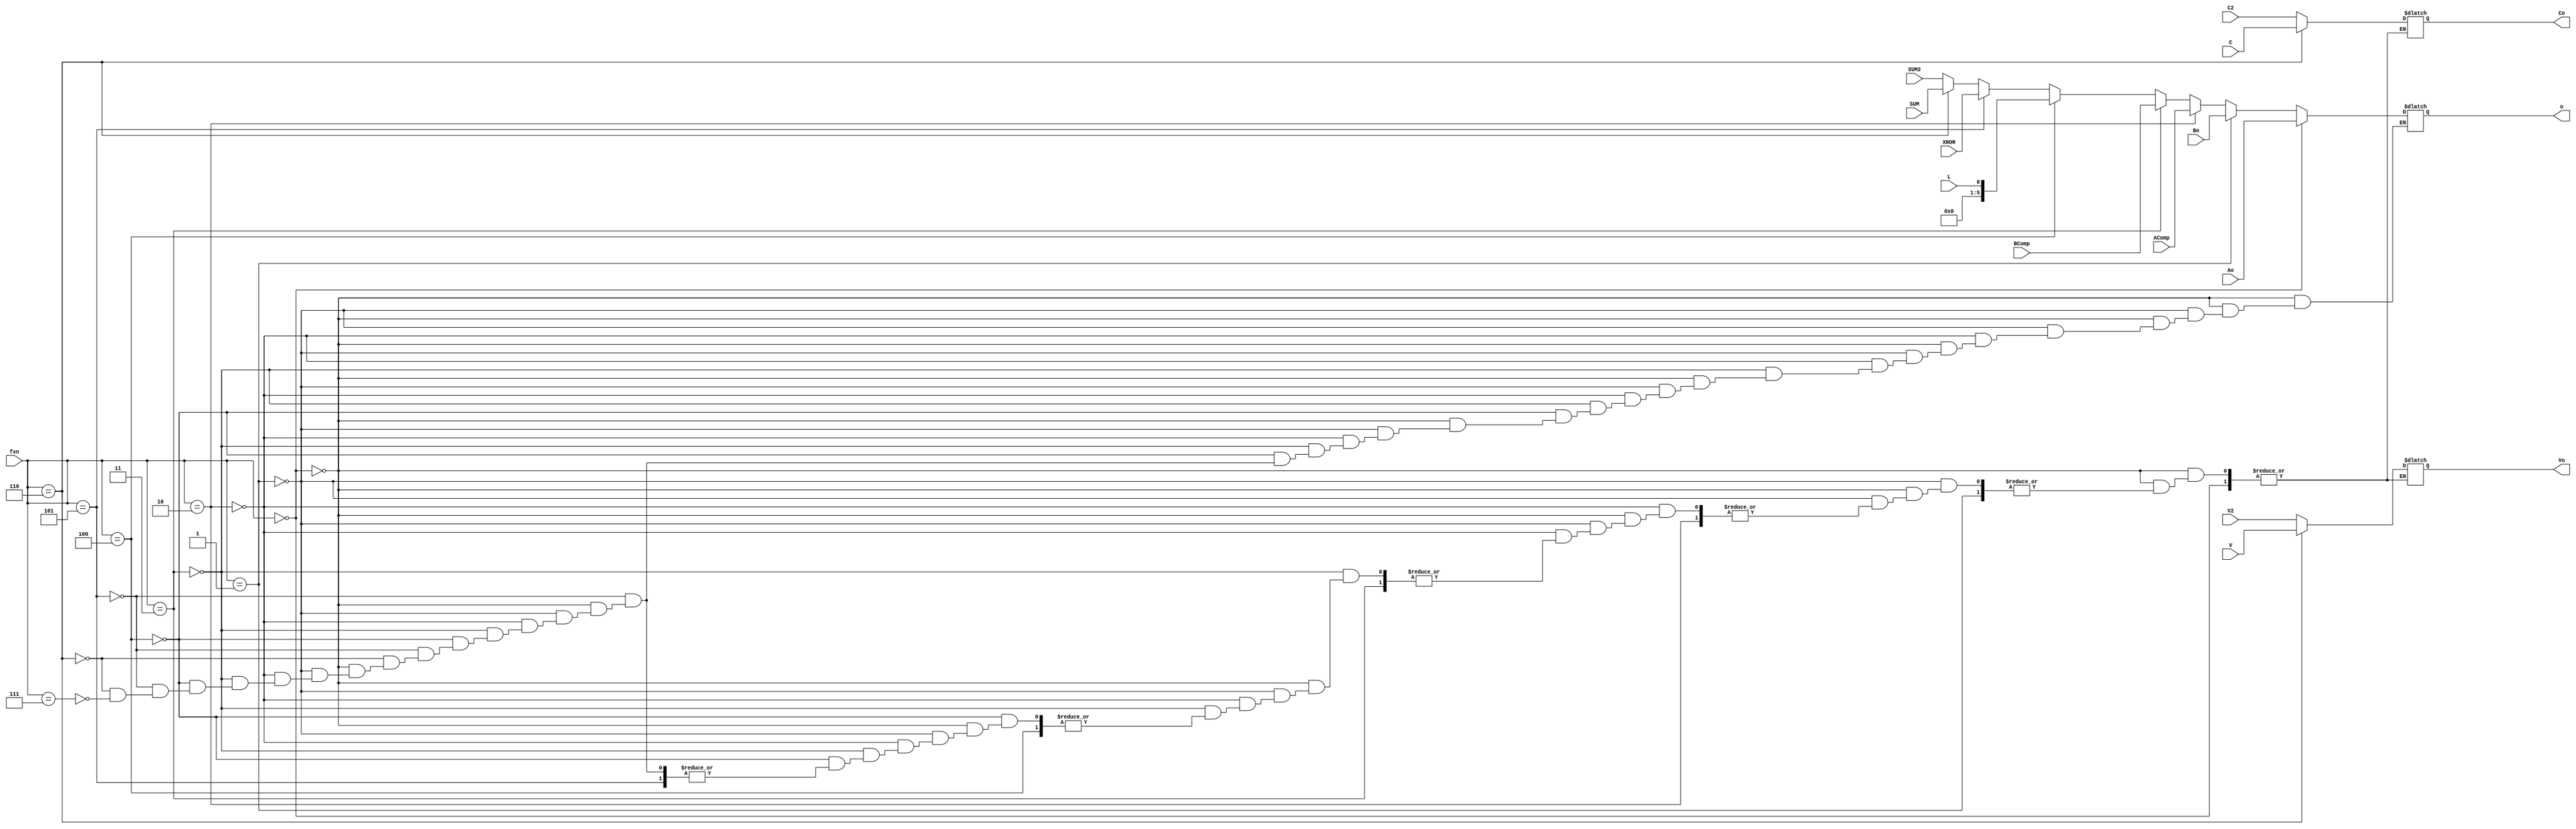


module Option(
input wire [2:0] fxn,
input wire [5:0] Ao,Bo,AComp,BComp,XNOR,SUM,SUM2,
input wire L,C,C2,V,V2,
output wire Vo,Co,
output wire [5:0] o);
reg [5:0] oreg;
reg vled,cled;
//initial
//begin
//oreg =0;//RESET Every pin after
//vled =0;
//cled =0;
//end
always @ *
begin
    if(fxn == 3'b000)
    begin
    oreg = Ao;

    end
    else  if(fxn == 3'b001)
    begin
    oreg =Bo;

    end
     else if(fxn == 3'b010)
    begin
    oreg = AComp;

    end
    else if(fxn == 3'b011)
    begin
    oreg = BComp;
    end
     
    else if(fxn == 3'b100)
    begin
    oreg = XNOR;//will set all to zero
    oreg = L;//Will set all to zero
    end
    else if(fxn == 3'b101)
    begin
    oreg = XNOR;//will set all to zero

    end
    else if(fxn == 3'b110)
    begin
    oreg = SUM;
    vled =V ;
    cled = C;
    //ADD OVERFLOW AND CARRY OPTION
        
    end
    else if(fxn == 3'b111)
    begin
    oreg = SUM2;
    //ADD OVERFLOW AND CARRY OPTION
    vled =V2;
    cled = C2;
    end
//    else
//    begin
//       vled =0;
//       cled =0;
//       oreg =0;
//    end
    
end


assign o = oreg; //Sorts out the display
assign Vo =vled;
assign Co =cled;
endmodule